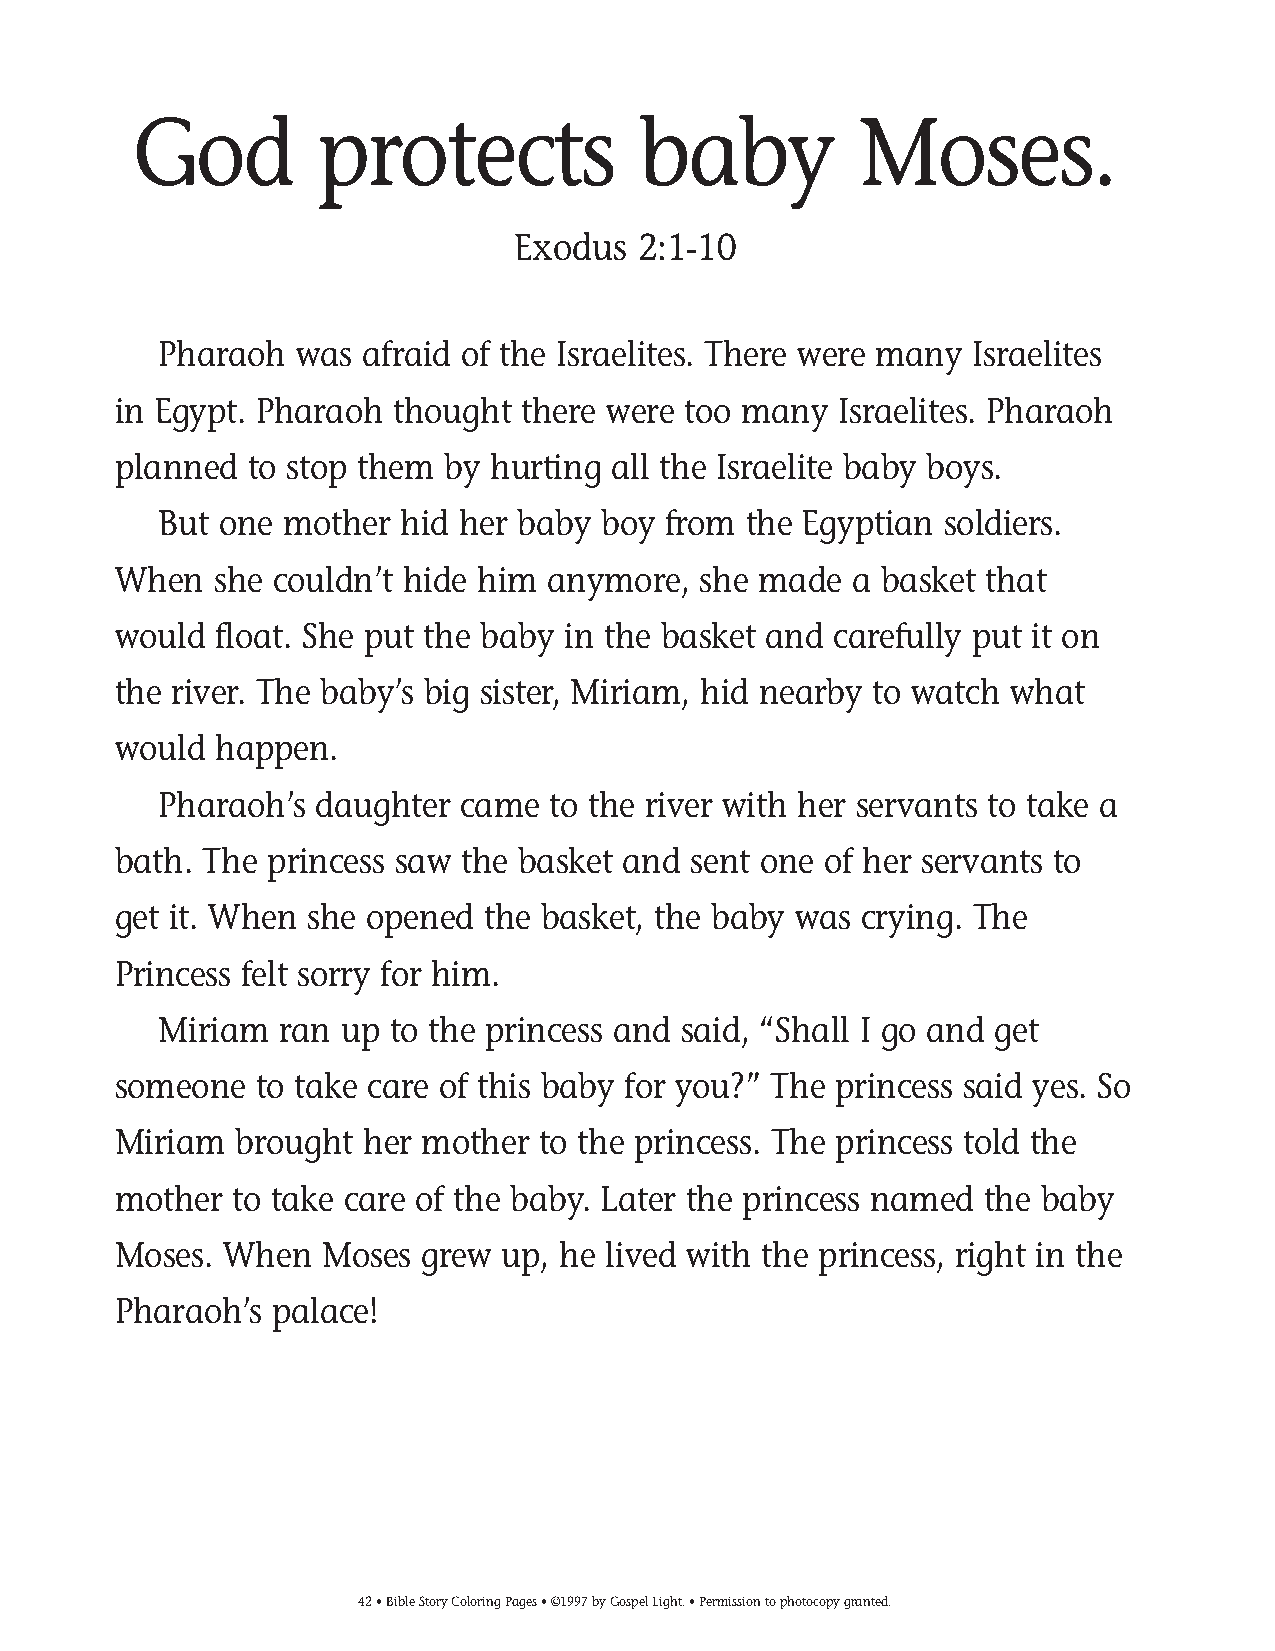
035-64 Coloring pgs_035-64 Coloring pgs 2/19/14 11:45 AM Page 42
 God         protects              baby          Moses.
 Exodus   2:1-10
 Pharaoh  was afraid of the Israelites. There were many Israelites
 in Egypt. Pharaoh thought  there were too many  Israelites. Pharaoh
 planned  to stop them by hurting all the Israelite baby boys.
 But one mother  hid her baby boy from  the Egyptian soldiers.
 When   she couldn’t hide him anymore,  she made  a basket that
 would  float. She put the baby in the basket and carefully put it on
 the river. The baby’s big sister, Miriam, hid nearby to watch what
 would  happen.
 Pharaoh’s daughter  came  to the river with her servants to take a
 bath. The princess saw the basket and sent one of her servants to
 get it. When she opened the basket, the baby was crying. The
 Princess felt sorry for him.
 Miriam  ran up to the princess and said, “Shall I go and get
 someone  to take care of this baby for you?” The princess said yes. So
 Miriam  brought her mother  to the princess. The princess told the
 mother  to take care of the baby. Later the princess named the baby
 Moses. When   Moses grew  up, he lived with the princess, right in the
 Pharaoh’s palace!
 42• Bible Story Coloring Pages • ©1997 by Gospel Light. • Permission to photocopy granted.